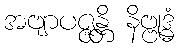
အဗျာပဇ္ဇန္တိ နိဗ္ဗုဒ္ဓံ